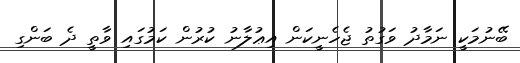
ބޭނުމަކީ ނަމާދު ވަގުތު ޖެހެނީކަން އިޢުލާނު ކުރުން ކަމުގައި ވާތީ ދެ ބަންގި